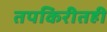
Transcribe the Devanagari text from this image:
तपकिरीतही